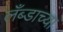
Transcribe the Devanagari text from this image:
लँब्डाच्या